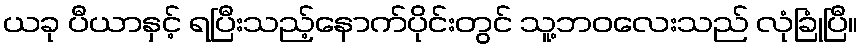
ယခု ပီယာနှင့် ရပြီးသည့်နောက်ပိုင်းတွင် သူ့ဘဝလေးသည် လုံခြုံပြီ။